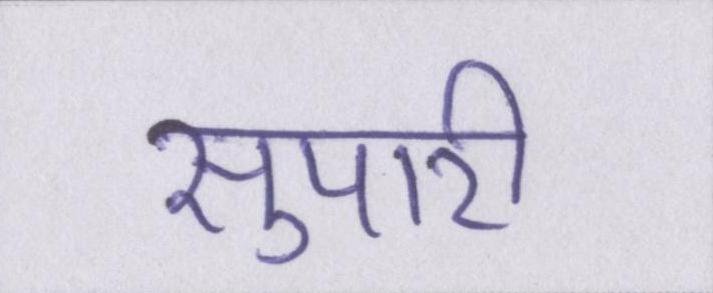
सुपारी